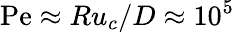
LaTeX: \mathrm{Pe}\approx Ru_{c}/D\approx 10^{5}